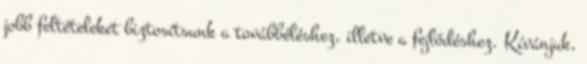
jobb feltételeket biztosítsunk a továbbéléshez, illetve a fejlődéshez. Kívánjuk,